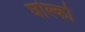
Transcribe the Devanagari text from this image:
घोल्को